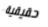
حقيقية